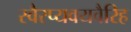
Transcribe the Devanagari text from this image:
स्वैरप्यवयवैरिह